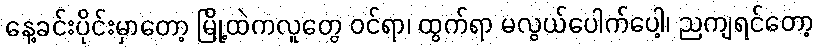
နေ့ခင်းပိုင်းမှာတော့ မြို့ထဲကလူတွေ ဝင်ရာ၊ ထွက်ရာ မလွယ်ပေါက်ပေါ့၊ ညကျရင်တော့